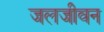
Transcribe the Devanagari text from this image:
जलजीवन